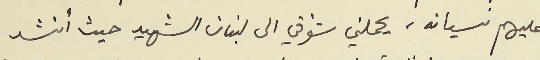
عليهم نسيانه، يحملني شوقي الى لبنان الشهيد حيث أنشد